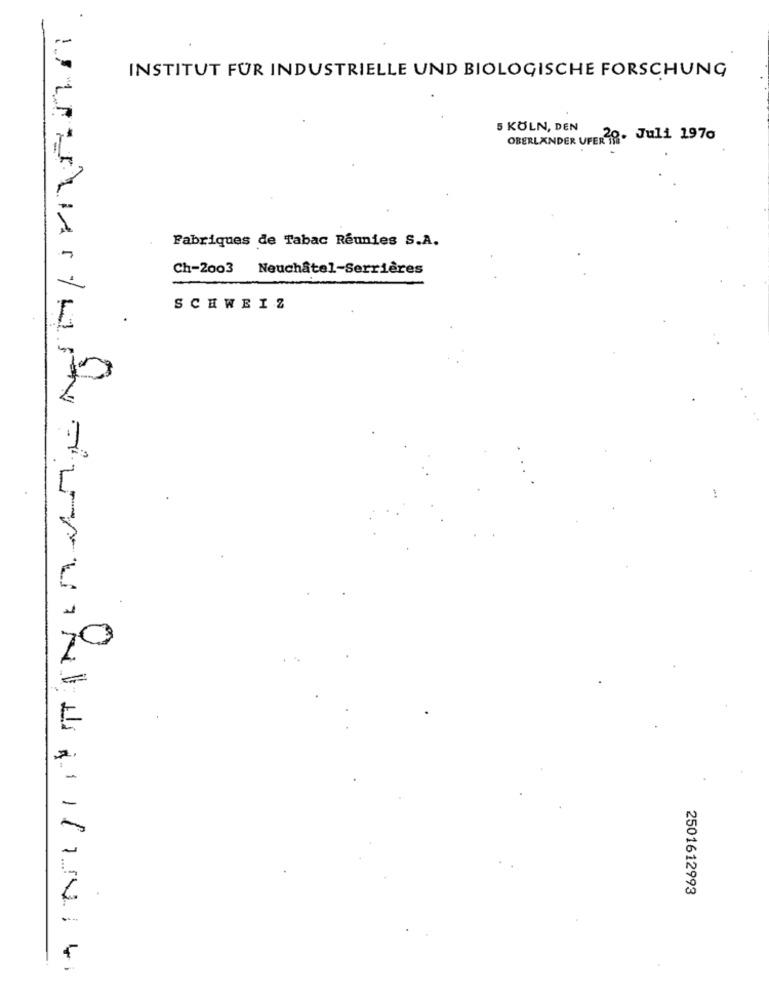
INSTITUT FUR INDUSTRIELLE UND BIOLOGISCHE FORSCHUNG
5 KÖLN, DEN
OBERLANDER UFER . Juli 1970
Fabriques de Tabac Réunies S.A.
Ch-2003
Neuchâtel-Serrières
SCHWEIZ
2501612993